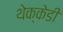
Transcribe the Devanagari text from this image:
थेक्केडी